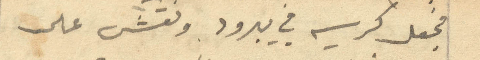
فجعل كرسيه في يبرود ونقش على